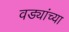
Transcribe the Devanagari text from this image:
वड्यांच्या